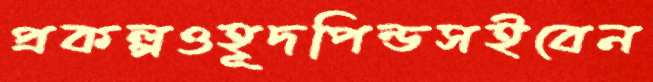
প্রকল্পওহূদপিন্ডসইবেন